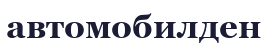
автомобилден